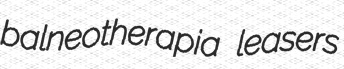
balneotherapia leasers